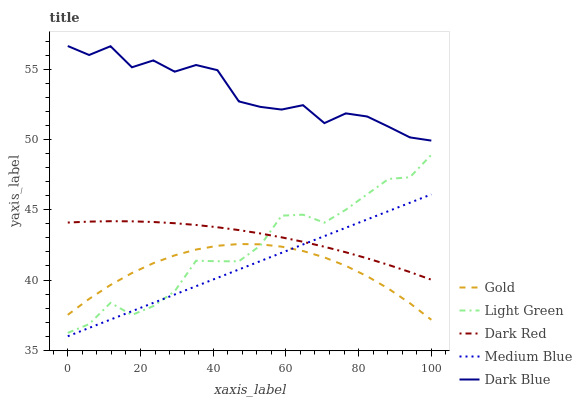
| xaxis_label | Gold | Light Green | Dark Red | Medium Blue | Dark Blue |
 | --- | --- | --- | --- | --- | --- |
 | 0 | 37.5 | 36.2 | 44.1 | 36 | 56.7 |
 | 5.88 | 38.7 | 36.9 | 44.2 | 36.6 | 56 |
 | 11.8 | 39.7 | 38.4 | 44.2 | 37.2 | 56.6 |
 | 17.6 | 40.5 | 37.5 | 44.2 | 37.8 | 55.1 |
 | 23.5 | 41.2 | 38.1 | 44.1 | 38.4 | 55.6 |
 | 29.4 | 41.8 | 39.2 | 44 | 39 | 54.8 |
 | 35.3 | 42.2 | 41.4 | 43.9 | 39.6 | 55.3 |
 | 41.2 | 42.4 | 41.3 | 43.8 | 40.2 | 54.9 |
 | 47.1 | 42.6 | 41.3 | 43.6 | 40.8 | 52.7 |
 | 52.9 | 42.5 | 42.4 | 43.3 | 41.3 | 52.3 |
 | 58.8 | 42.4 | 44.6 | 43 | 41.9 | 52.1 |
 | 64.7 | 42.1 | 44.7 | 42.7 | 42.5 | 52.4 |
 | 70.6 | 41.6 | 44.1 | 42.4 | 43.1 | 51.2 |
 | 76.5 | 41 | 45 | 42 | 43.7 | 51.9 |
 | 82.4 | 40.3 | 46.1 | 41.5 | 44.3 | 51.6 |
 | 88.2 | 39.4 | 47.2 | 41.1 | 44.9 | 50.9 |
 | 94.1 | 38.3 | 47.3 | 40.6 | 45.5 | 50.1 |
 | 100 | 37.2 | 48.9 | 40 | 46.1 | 49.9 |